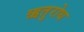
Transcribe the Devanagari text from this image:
ऋतुरोध